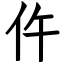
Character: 仵